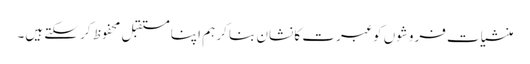
منشیات فروشوں کو عبرت کا نشان بنا کر ہم اپنا مستقبل محفوظ کر سکتے ہیں۔